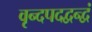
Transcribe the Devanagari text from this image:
वृन्दपदद्वन्द्वं